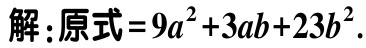
7.已知$\vert a + 2\vert = 0$,则$a = \_\_\_$.